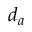
d _ { a }